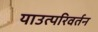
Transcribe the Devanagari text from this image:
याउत्परिवर्तन